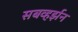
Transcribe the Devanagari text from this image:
सबव्हर्झन